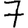
Digit: 7